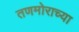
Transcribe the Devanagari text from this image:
तणमोराच्या